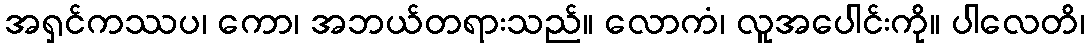
အရှင်ကဿပ၊ ကော၊ အဘယ်တရားသည်။ လောကံ၊ လူအပေါင်းကို။ ပါလေတိ၊